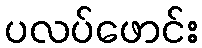
ပလပ်ဖောင်း